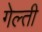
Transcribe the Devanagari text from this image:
गेल्ती